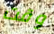
وقت